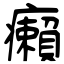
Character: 癩